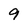
Character: 9